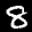
Label: 8